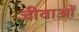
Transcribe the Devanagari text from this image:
जीवाओं